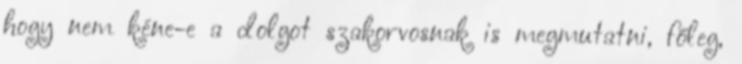
hogy nem kéne-e a dolgot szakorvosnak is megmutatni, főleg,